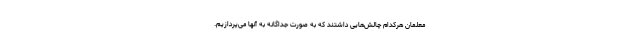
معلمان هرکدام چالش‌هایی داشتند که به صورت جداگانه به آنها می‌پردازیم.